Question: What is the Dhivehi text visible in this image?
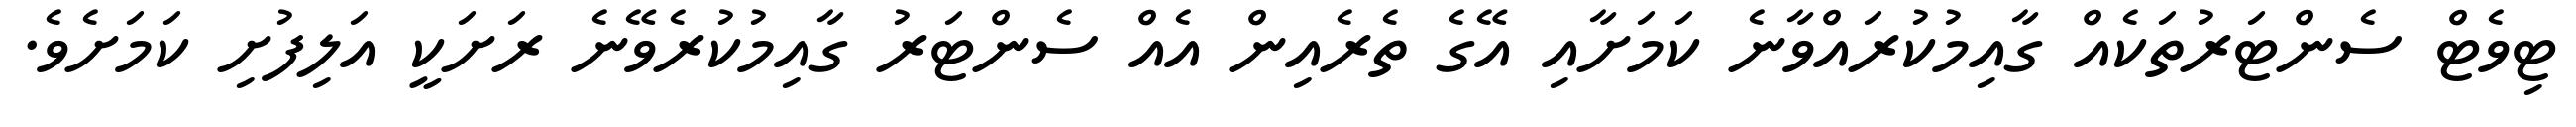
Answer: ޓިވެޓް ސެންޓަރުތަކެއް ގާއިމުކުރައްވާނެ ކަމަށާއި އޭގެ ތެރެއިން އެއް ސެންޓަރު ގާއިމުކުރެވޭނެ ރަށަކީ އަލިފުށި ކަމަށެވެ.